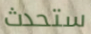
ستحدث